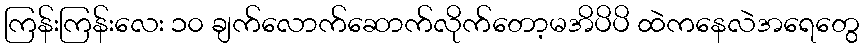
ကြန်းကြန်းလေး ၁၀ ချက်လောက်ဆောက်လိုက်တော့မအိပိပိ ထဲကနေလဲအရေတွေ